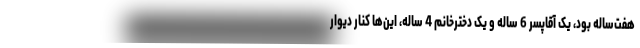
هفت‌ساله بود، یک آقاپسر 6 ساله و یک دخترخانم 4 ساله، این‌ها کنار دیوار